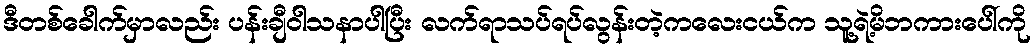
ဒီတစ်ခေါက်မှာလည်း ပန်းချီဝါသနာပါပြီး လက်ရာသပ်ရပ်လွန်းတဲ့ကလေးငယ်က သူ့ရဲ့မိဘကားပေါ်ကို